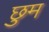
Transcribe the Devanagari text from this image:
छुम